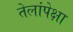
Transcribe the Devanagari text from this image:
तेलांपेक्षा